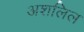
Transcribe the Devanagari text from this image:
अशलिल